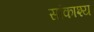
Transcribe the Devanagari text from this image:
सांकाश्य